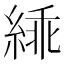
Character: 𬗜